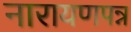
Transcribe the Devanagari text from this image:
नारायणपन्न